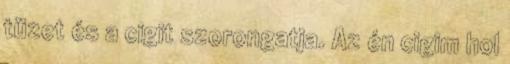
tüzet és a cigit szorongatja. Az én cigim hol